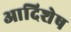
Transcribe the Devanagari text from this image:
आदिशेष